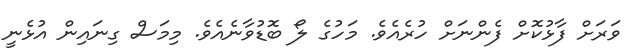
ވަރަށް ފާޅުކޮށް ފެންނަށް ހުރެއެވެ. މަހުގެ ލޯ ބޮޑުވާނެއެވެ. މިމަސް ގިނައިން އުޅެނީ